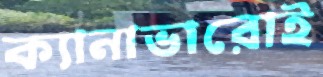
ক্যানাভারোই